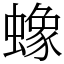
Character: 蟓